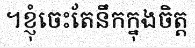
។ខ្ញុំចេះតែនឹកក្នុងចិត្ត